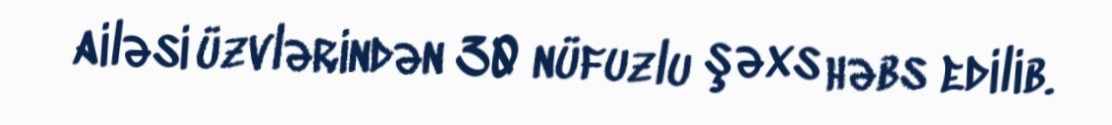
ailəsi üzvlərindən 30 nüfuzlu şəxs həbs edilib.